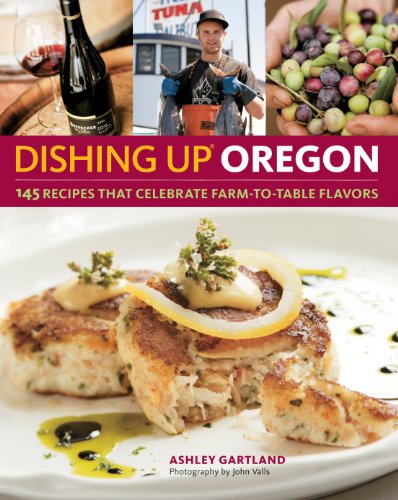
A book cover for Dishing UpÂ® Oregon: 145 Recipes That Celebrate Farm-to-Table Flavors; Ashley Gartland; Cookbooks, Food & Wine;